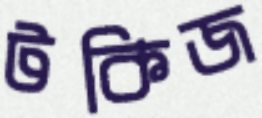
টকিজ